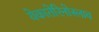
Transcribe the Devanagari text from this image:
येकातेरिनोस्लाव